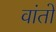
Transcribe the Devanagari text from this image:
वांतो